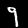
Digit: 9